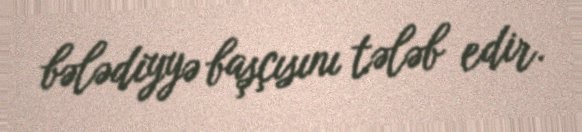
bələdiyyə başçısını tələb edir.